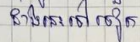
ជាងនេះទៅទៀត